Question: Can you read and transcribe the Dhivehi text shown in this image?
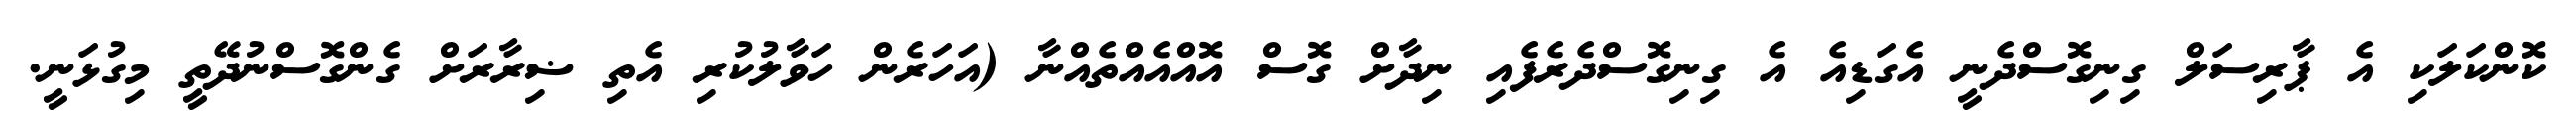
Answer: ކޮންކަލަކި އެ ޕާރިސަލް ގިނިގޮސްދެނީ އެގަޑިއެ އެ ގިނިގޮސްދެރެފެއި ނިދާށް ގޮސް އޮއްއެއްތެއްނާ (އަހަރެން ހަވާލުކުރި އެތި ޟިރާރަށް ގެންގޮސްނުދޭތީ މިގުޅަނީ.